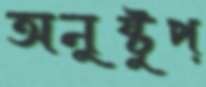
অনুষ্টুপ্‌